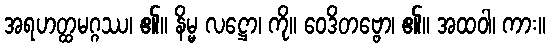
အရဟတ္ထမဂ္ဂဿ၊ ၏။ နိမ္မ လဋ္ဌော၊ ကို။ ဝေဒိတဗ္ဗော၊ ၏။ အထဝါ၊ ကား။